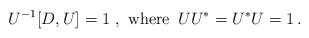
\begin{align*}U^{-1} [D,U] =1 \ , \ \hbox{where}\, \ UU^* = U^* U =1 \, . \end{align*}